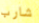
شارب